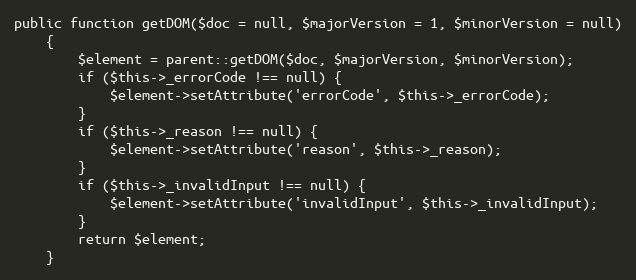
Language: PHP
public function getDOM($doc = null, $majorVersion = 1, $minorVersion = null)
    {
        $element = parent::getDOM($doc, $majorVersion, $minorVersion);
        if ($this->_errorCode !== null) {
            $element->setAttribute('errorCode', $this->_errorCode);
        }
        if ($this->_reason !== null) {
            $element->setAttribute('reason', $this->_reason);
        }
        if ($this->_invalidInput !== null) {
            $element->setAttribute('invalidInput', $this->_invalidInput);
        }
        return $element;
    }